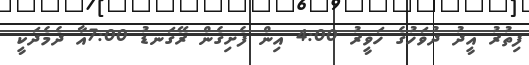
ފިތުރު އީދު ދުވަހުގެ ހަވީރު 4:00 އިން ފެށިގެން ރޭގަނޑު 7:00އާ ދެމެދަކީ